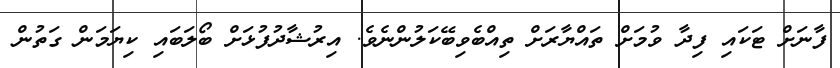
ފާނަށް ޓަކައި ފިދާ ވުމަށް ތައްޔާރަށް ތިއްބެވިބޭކަލުންނެވެ. އިރުޝާދުފުޅަށް ބޯލަބައި ކިޔަމަން ގަތުން